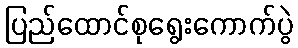
ပြည်ထောင်စုရွေးကောက်ပွဲ